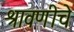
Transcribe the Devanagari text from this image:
श्रावणीचे